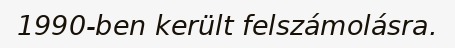
1990-ben került felszámolásra.